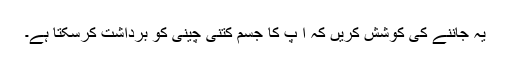
یہ جاننے کی کوشش کریں کہ ا ٓپ کا جسم کتنی چینی کو برداشت کرسکتا ہے۔